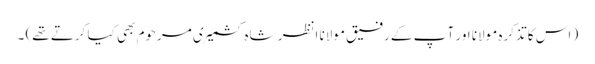
( اس کا تذکرہ مولانا اور آ پ کے رفیق مولانا انظر شاہ کشمیری مرحوم بھی کیا کرتے تھے) ۔